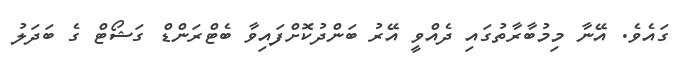
ގައެވެ. އޭނާ މިމުބާރާތުގައި ދެއްވީ އޭރު ބަންދުކޮށްފައިވާ ބެޓްރަންޑް ގަޝޯޓް ގެ ބަދަލު